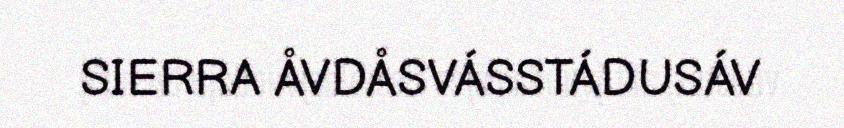
SIERRA ÅVDÅSVÁSSTÁDUSÁV